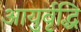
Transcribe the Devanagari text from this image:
आयुर्वृद्धि